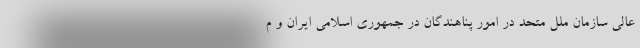
عالی سازمان ملل متحد در امور پناهندگان در جمهوری اسلامی ایران و م